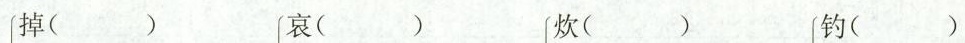
掉( ) 哀( ) 炊( ) 钓( )